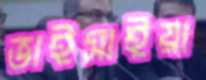
ভাইসাইয়া